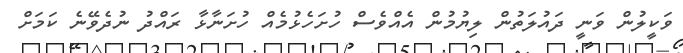
ވަކީލުން ވަނީ ދައުލަތުން ލިޔުމުން އެއްވެސް ހުށަހެޅުމެއް ހުށަނާޅާ ރައްދު ނުދެވޭނެ ކަމަށް